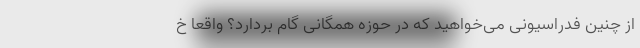
از چنین فدراسیونی می‌خواهید که در حوزه همگانی گام بردارد؟ واقعا خ